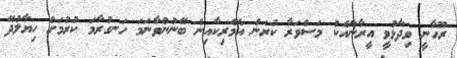
ރޫހާނީ ވިދާޅުވީ އީރާނާއެކު މަސްވަރާ ކުރަން އެމެރިކާއިން ބޭނުންވާނަމަ ހަނގުރާމަ ކުރުމަށް ހިޔާލުދޭ